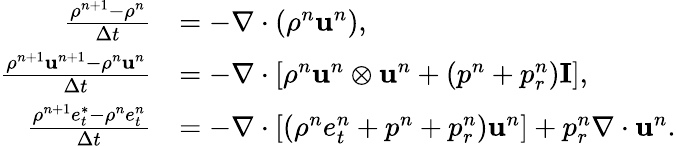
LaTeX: \begin{array}{rl}{\frac{\rho^{n+1}-\rho^{n}}{\Delta t}}&{=-\nabla\cdot\left(\rho^{n}\mathbf{u}^{n}\right),}\\ {\frac{\rho^{n+1}\mathbf{u}^{n+1}-\rho^{n}\mathbf{u}^{n}}{\Delta t}}&{=-\nabla\cdot\left[\rho^{n}\mathbf{u}^{n}\otimes\mathbf{u}^{n}+(p^{n}+p_{r}^{n})\mathbf{I}\right],}\\ {\frac{\rho^{n+1}e_{t}^{*}-\rho^{n}e_{t}^{n}}{\Delta t}}&{=-\nabla\cdot\left[(\rho^{n}e_{t}^{n}+p^{n}+p_{r}^{n})\mathbf{u}^{n}\right]+p_{r}^{n}\nabla\cdot\mathbf{u}^{n}.}\end{array}